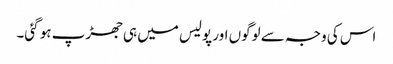
اس کی وجہ سے لوگوں اور پولیس میں ہی جھڑپ ہو گئی۔